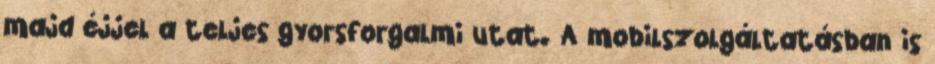
majd éjjel a teljes gyorsforgalmi utat. A mobilszolgáltatásban is